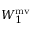
W _ { 1 } ^ { \mathrm { m v } }